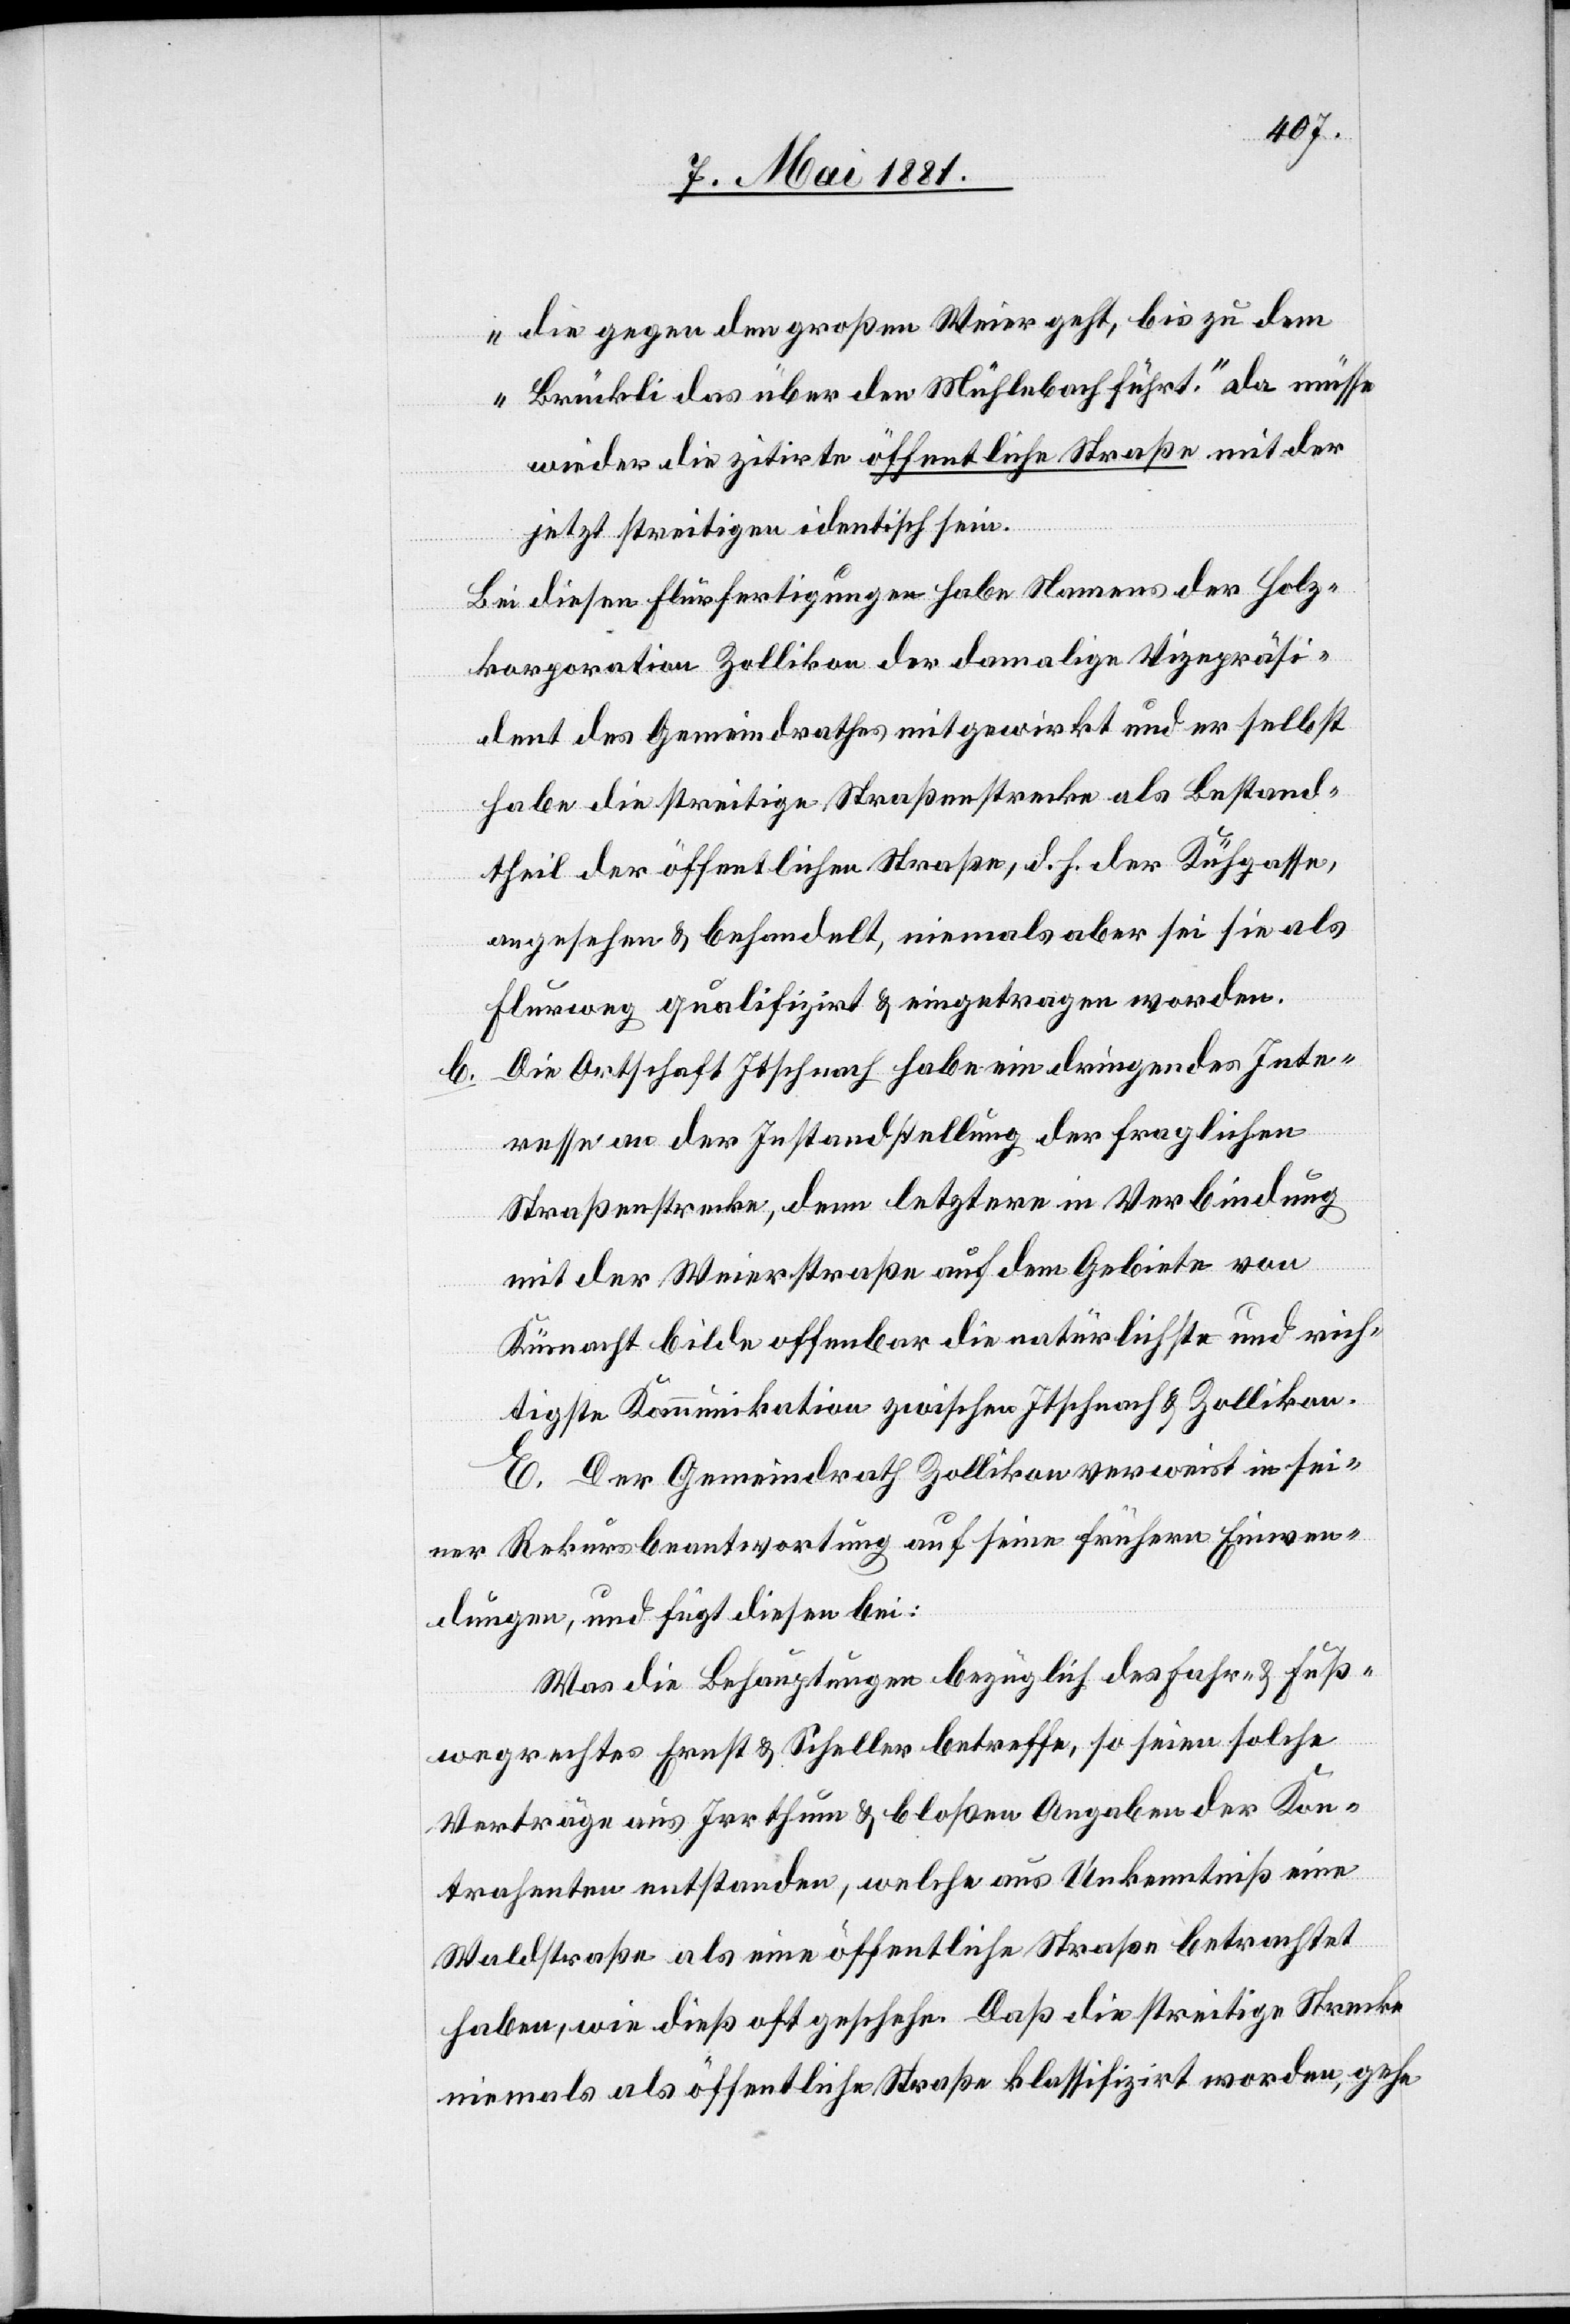
die gegen den großen Weier geht, bis zu dem
Brückli des über den Mühlebach führt.“ als müsse
wieder die zitirte öffentliche Straße mit der
jetzt streitigen identisch sein.
Bei diesen Flurfertigungen habe Namens der Holz¬
korporation Zollikon der damalige Vizepräsi¬
dent des Gemeindrathes mitgewirkt und er selbst
habe die streitige Straßenstrecke als Bestand¬
theil der öffentlichen Straßen, d. h. der Kühgasse,
angesehen & behandelt, niemals aber sei sie als
Flurweg qualifizirt & eingetragen worden.
b. Die Ortschaft Itschnach habe ein dringendes Inte¬
resse an der Instandstellung der fraglichen
Straßenstrecke, denn letztere in Verbindung
mit der Weierstraße auf dem Gebiete von
Küsnacht bilde offenbar die natürlichste und rich¬
tigste Kommunikation zwischen Itschnach & Zollikon.
E. Der Gemeindrath Zollikon verweist in sei¬
ner Rekursbeantwortung auf seine frühern Einwen¬
dungen, und fügt diesen bei:
Was die Behauptungen bezüglich des Fahr- & Fuß¬
wegrechtes Ernst & Scheller betreffe, so seien solche
Verträge aus Irrthum & bloßen Angaben der Kon¬
trahenten entstanden, welche aus Unkenntniß eine
Waldstraße als eine öffentliche Straße betrachtet
haben, wie dieß oft geschehe. Daß die streitige Strecke
niemals als öffentliche Straße klassifizirt worden, gehe